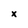
Character: x